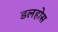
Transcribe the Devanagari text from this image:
डलहोस